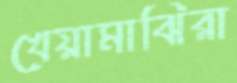
খেয়ামাঝিরা